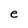
Character: e